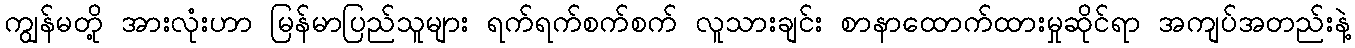
ကျွန်မတို့ အားလုံးဟာ မြန်မာပြည်သူများ ရက်ရက်စက်စက် လူသားချင်း စာနာထောက်ထားမှုဆိုင်ရာ အကျပ်အတည်းနဲ့